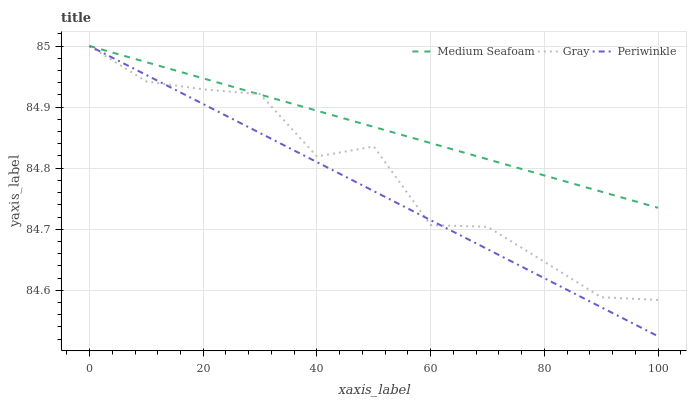
| xaxis_label | Medium Seafoam | Gray | Periwinkle |
 | --- | --- | --- | --- |
 | 0 | 85 | 85 | 85 |
 | 10 | 85 | 84.9 | 85 |
 | 20 | 84.9 | 84.9 | 84.9 |
 | 30 | 84.9 | 84.9 | 84.9 |
 | 40 | 84.9 | 84.8 | 84.8 |
 | 50 | 84.9 | 84.8 | 84.8 |
 | 60 | 84.8 | 84.7 | 84.7 |
 | 70 | 84.8 | 84.7 | 84.7 |
 | 80 | 84.8 | 84.6 | 84.6 |
 | 90 | 84.8 | 84.6 | 84.6 |
 | 100 | 84.7 | 84.6 | 84.5 |